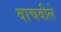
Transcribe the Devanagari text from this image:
वाचवीले